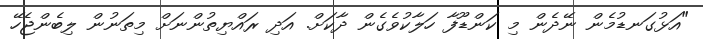
"އަޅުގަނޑުމެން ނޭދެން މި ކަންޑޫފާ ހަލާކުވެގެން ދާކަށް. އަދި ރައްޔިތުންނަށް މިތަނުން ލިބެންޖެހޭ